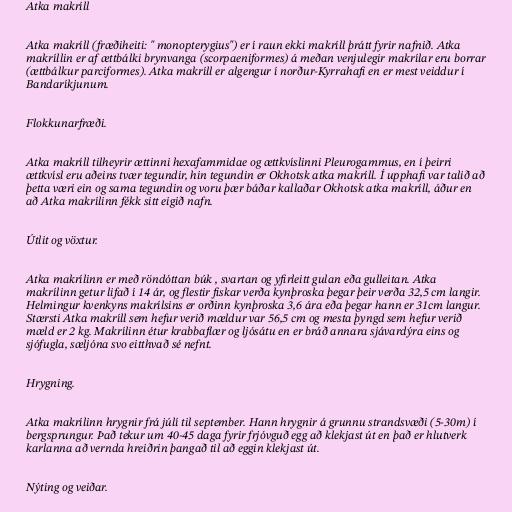
Atka makríll

Atka makríll (fræðiheiti: " monopterygius") er í raun ekki makríll þrátt fyrir nafnið. Atka
makríllin er af ættbálki brynvanga (scorpaeniformes) á meðan venjulegir makrílar eru borrar
(ættbálkur parciformes). Atka makríll er algengur í norður-Kyrrahafi en er mest veiddur í
Bandaríkjunum.

Flokkunarfræði.

Atka makríll tilheyrir ættinni hexafammidae og ættkvíslinni Pleurogammus, en í þeirri
ættkvísl eru aðeins tvær tegundir, hin tegundin er Okhotsk atka makríll. Í upphafi var talið að
þetta væri ein og sama tegundin og voru þær báðar kallaðar Okhotsk atka makríll, áður en
að Atka makrílinn fékk sitt eigið nafn.

Útlit og vöxtur.

Atka makrílinn er með röndóttan búk , svartan og yfirleitt gulan eða gulleitan. Atka
makrílinn getur lifað í 14 ár, og flestir fiskar verða kynþroska þegar þeir verða 32,5 cm langir.
Helmingur kvenkyns makrílsins er orðinn kynþroska 3,6 ára eða þegar hann er 31cm langur.
Stærsti Atka makríll sem hefur verið mældur var 56,5 cm og mesta þyngd sem hefur verið
mæld er 2 kg. Makrílinn étur krabbaflær og ljósátu en er bráð annara sjávardýra eins og
sjófugla, sæljóna svo eitthvað sé nefnt.

Hrygning.

Atka makrílinn hrygnir frá júlí til september. Hann hrygnir á grunnu strandsvæði (5-30m) í
bergsprungur. Það tekur um 40-45 daga fyrir frjóvguð egg að klekjast út en það er hlutverk
karlanna að vernda hreiðrin þangað til að eggin klekjast út.

Nýting og veiðar.